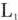
甲乙